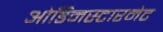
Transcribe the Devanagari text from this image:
ओडिनस्टारनेट